Voru_kinnistusamet, lk 4
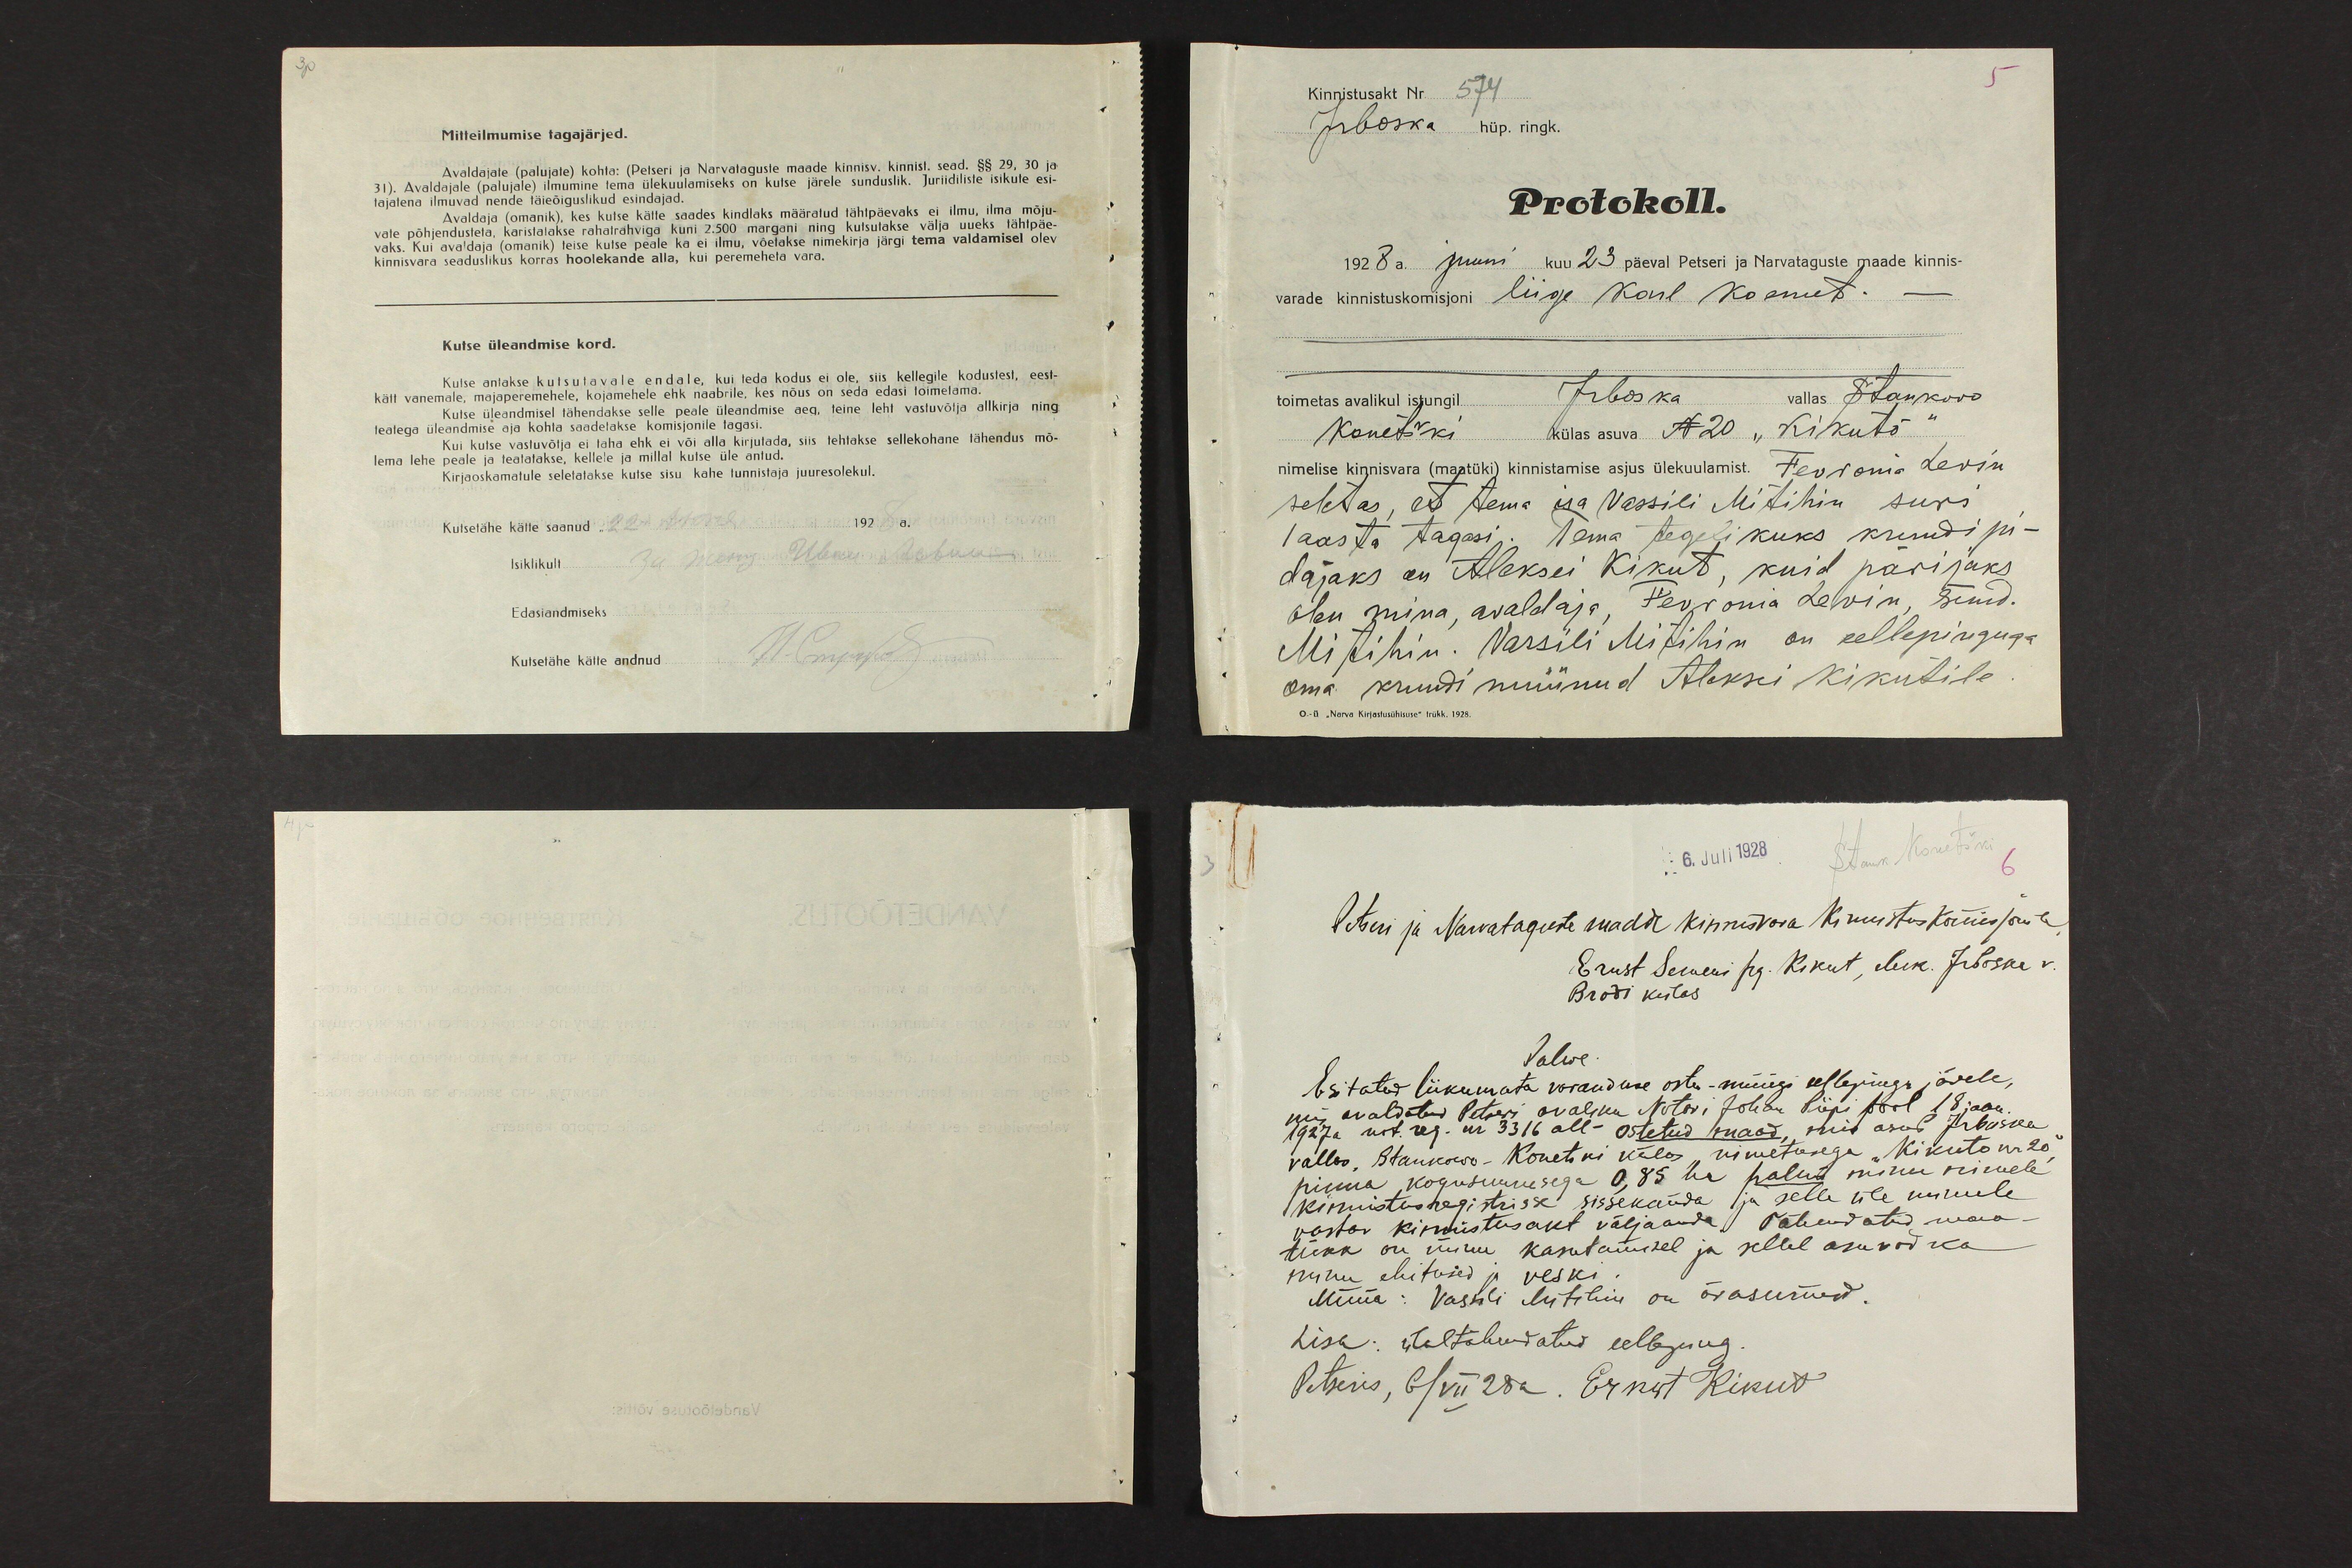
Mitteilmumise tagajärjed.
Avaldajate (palujate) kohta: (Petseri ja Narvataguste maade kinnisv. kinnist. sead. §§ 29, 30 ja
31). Avaldajale (palujale) ilmumine tema ülekuulamiseks on kutse järele sunduslik. Juriidiliste isikute esi-
tajatena ilmuvad nende täieõiguslikud esindajad.
Avaldaja (omanik), kes kutse kätte saades kindlaks määratud tähtpäevaks ei ilmu, ilma mõju-
vate põhjendusteta, karistatakse rahatrahviga kuni 2.500 margani ning kutsutakse välja uueks tähtpäe-
vaks. Kui avaldaja (omanik) teise kutse peale ka ei ilmu, võetakse nimekirja järgi tema valdamisel olev
kinnisvara seaduslikus korras hoolekande alla, kui peremeheta vara.
Kutse üleandmise kord.
Kutse antakse kutsutavale endale, kui teda kodus ei ole, siis kellegile kodustest, eest-
kätt vanemale, majaperemehele, kojamehele ehk naabrile, kes nõus on seda edasi toimetama.
Kutse üleandmisel tähendakse selle peale üleandmise aeg, teine leht vastuvõtja allkirja ning
teatega üleandmise aja kohta saadetakse komisjonile tagasi.
Kui kutse vastuvõtja ei taha ehk ei või olla kirjutada, siis tehtakse sellekohane tähendus mõ-
lema lehe peale ja teatatakse, kellele ja millal kutse üle antud.
Kirjaoskamatule seletatakse kutse sisu kahe tunnistaja juuresolekul.
Kutsetähe kätte saanud
Isiklikult
Edasiandmiseks
Kutsetähe kätte andnud

Kinnistusakt Nr 574
5
Irboska hüp. ringk.
Protokoll.
1928 a. juuni kuu 23 päeval Petseri ja Narvataguste maade kinnis-
varade kinnistuskomisjoni liige Karl Koemets. -
toimetas avalikul istungil Irboska vallas Stankovo
Konetški külas asuva N 20 "Kikutõ"
nimelise kinnisvara (maatüki) kinnistamise asjus ülekuulamist. Fevronia Levin
seletas, et tema isa Vassili Mitihin suri
1 aasta tagasi. Tema tegelikuks krundi pi-
dajaks on Aleksei Kikut, kuid pärijaks
olen mina, avaldaja, Fevronia Levin, sünd.
Mitihin. Vassili Mitihin on eellepinguga
oma krundi müünud Aleksei Kikutile
O.-ü „Narva Kirjastusühisuse" trükk. 1928.

6. Juli 1928 Stank Konetški
6
Petseri ja Narvataguste maade kinnisvara Kinnistuskomisjonile,
Ernst Semeni pg. Kikut, eluk. Irboska v.
Brodi külas.
Palwe
Esitatud liikumata varanduse ostu-müügi eellepingu järele,
mis avaldatud Petseri avaliku Notari Johan Piipi pool 18 jaan.
1927 a not.reg. nr 3316 all - Ostetud maad, mis asub Irboska
vallas, Stankovo-Konetski külas, nimetusega "Kikuto nr 20",
pinna kogusuurusega 0,85 ha palun minu nimele
kinnistusregistrisse sissekanda ja selle üle minule
vastav kinnistusakt väljaanda. Tähendatud maa-
tükk on minu kasutamisel ja sellel asuvad ka
minu ehitused ja veski.
Müüa: Vassili Mitihin on ärasurnud.
Lisa: ülaltähendatud eelleping.
Petseris, 6/VII 28a. Ernst Kikut